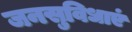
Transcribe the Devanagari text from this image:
जनसुविधाएं